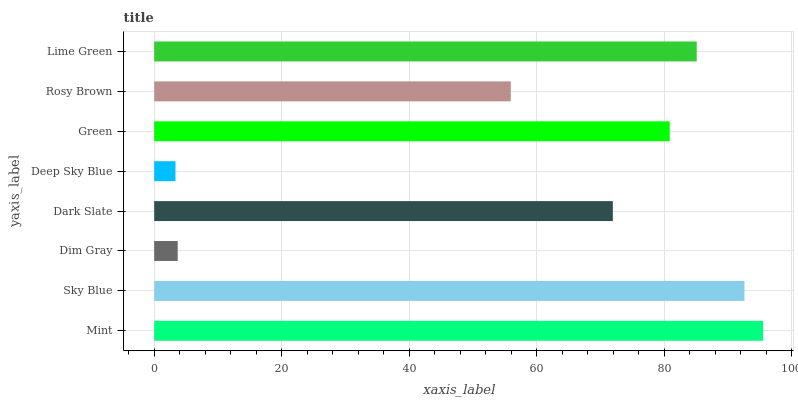
| yaxis_label | bars |
 | --- | --- |
 | Mint | 95.5 |
 | Sky Blue | 92.6 |
 | Dim Gray | 3.69 |
 | Dark Slate | 71.9 |
 | Deep Sky Blue | 3.34 |
 | Green | 80.9 |
 | Rosy Brown | 55.9 |
 | Lime Green | 85.1 |